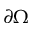
\partial \Omega